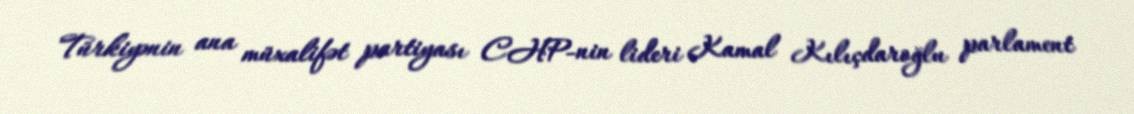
Türkiyənin ana müxalifət partiyası CHP-nin lideri Kamal Kılıçdaroğlu parlament